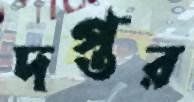
দপ্তর